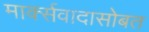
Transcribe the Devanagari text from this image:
मार्क्सवादासोबत